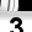
Digit: 3